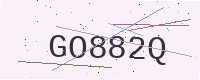
Text: GO882Q